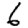
Digit: 6